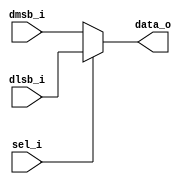
// Name: mux_ch.v
//
// Description: 

module mux_ch #(
  parameter Width = 8
) (
  input               sel_i,
  input   [Width-1:0] dmsb_i,
  input   [Width-1:0] dlsb_i,
  output  [Width-1:0] data_o
);

  assign data_o = sel_i ? dlsb_i : dmsb_i;
endmodule